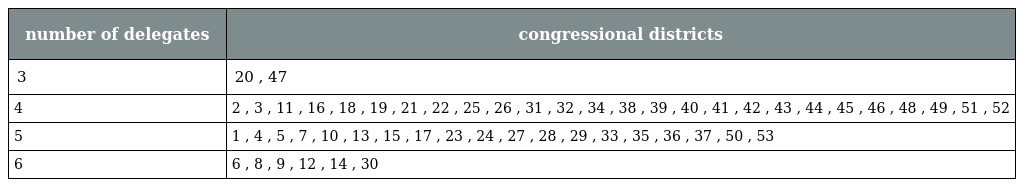
| number of delegates | congressional districts |
 | --- | --- |
 | 3 | 20 , 47 |
 | 4 | 2 , 3 , 11 , 16 , 18 , 19 , 21 , 22 , 25 , 26 , 31 , 32 , 34 , 38 , 39 , 40 , 41 , 42 , 43 , 44 , 45 , 46 , 48 , 49 , 51 , 52 |
 | 5 | 1 , 4 , 5 , 7 , 10 , 13 , 15 , 17 , 23 , 24 , 27 , 28 , 29 , 33 , 35 , 36 , 37 , 50 , 53 |
 | 6 | 6 , 8 , 9 , 12 , 14 , 30 |